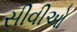
સીવીઓ